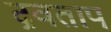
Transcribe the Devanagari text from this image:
द्रवताप